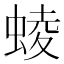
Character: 䗀